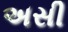
અસી